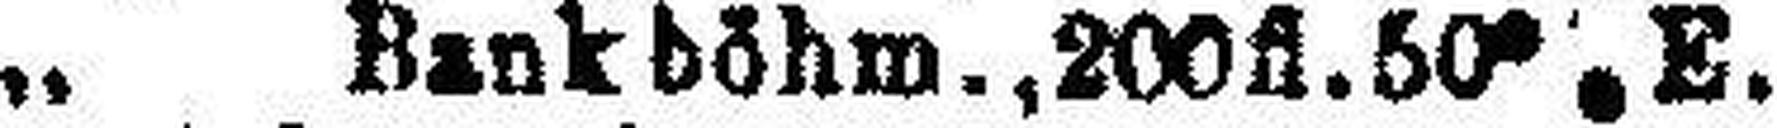
„ Bank böhm., 200 fl. 50% E.